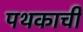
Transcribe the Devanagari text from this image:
पथकाची